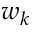
w _ { k }